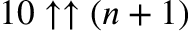
1 0 \uparrow \uparrow ( n + 1 )